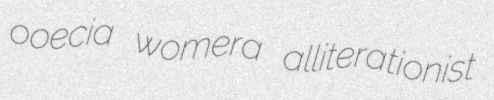
ooecia womera alliterationist